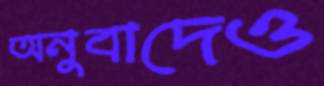
অনুবাদেও